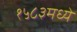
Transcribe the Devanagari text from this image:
१५८३मध्ये